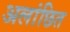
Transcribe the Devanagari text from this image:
अलांछित